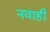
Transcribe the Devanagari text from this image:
नवाही